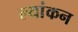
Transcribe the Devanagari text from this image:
ल्यांकन